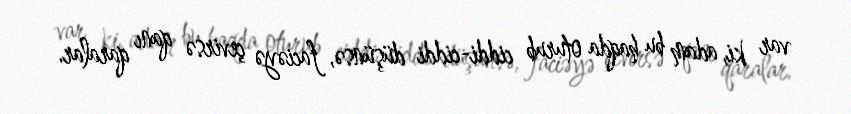
var ki, adam bu haqda oturub ciddi-ciddi düşünsə, faciəyə çevirsə qanı qaralar.